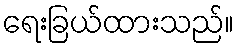
ရေးခြယ်ထားသည်။